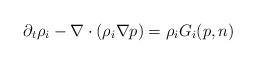
LaTeX: \begin{align*} \partial_t \rho_i-\nabla\cdot (\rho_i\nabla p)=\rho_iG_i(p,n) \end{align*}